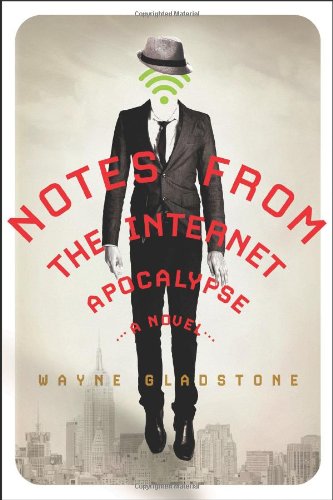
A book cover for Notes from the Internet Apocalypse: A Novel (The Internet Apocalypse Trilogy); Wayne Gladstone; Humor & Entertainment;